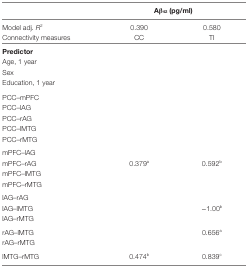
<table><thead><tr><td>[EMPTY_CELL]</td><td colspan="2"><b>Aβ<sub>42</sub> (pg/ml)</b></td></tr></thead><tbody><tr><td>Model adj. <i>R</i><sup>2</sup></td><td>0.390</td><td>0.580</td></tr><tr><td>Connectivity measures</td><td>CC</td><td>TI</td></tr><tr><td><b>Predictor</b></td><td>[EMPTY_CELL]</td><td>[EMPTY_CELL]</td></tr><tr><td>Age, 1 year</td><td>[EMPTY_CELL]</td><td>[EMPTY_CELL]</td></tr><tr><td>Sex</td><td>[EMPTY_CELL]</td><td>[EMPTY_CELL]</td></tr><tr><td>Education, 1 year</td><td>[EMPTY_CELL]</td><td>[EMPTY_CELL]</td></tr><tr><td>PCC–mPFC</td><td>[EMPTY_CELL]</td><td>[EMPTY_CELL]</td></tr><tr><td>PCC–lAG</td><td>[EMPTY_CELL]</td><td>[EMPTY_CELL]</td></tr><tr><td>PCC–rAG</td><td>[EMPTY_CELL]</td><td>[EMPTY_CELL]</td></tr><tr><td>PCC–lMTG</td><td>[EMPTY_CELL]</td><td>[EMPTY_CELL]</td></tr><tr><td>PCC–rMTG</td><td>[EMPTY_CELL]</td><td>[EMPTY_CELL]</td></tr><tr><td>mPFC–lAG</td><td>[EMPTY_CELL]</td><td>[EMPTY_CELL]</td></tr><tr><td>mPFC–rAG</td><td>0.379<sup>a</sup></td><td>0.592<sup>b</sup></td></tr><tr><td>mPFC–lMTG</td><td>[EMPTY_CELL]</td><td>[EMPTY_CELL]</td></tr><tr><td>mPFC–rMTG</td><td>[EMPTY_CELL]</td><td>[EMPTY_CELL]</td></tr><tr><td>lAG–rAG</td><td>[EMPTY_CELL]</td><td>[EMPTY_CELL]</td></tr><tr><td>lAG–lMTG</td><td>[EMPTY_CELL]</td><td>−1.00<sup>b</sup></td></tr><tr><td>lAG–rMTG</td><td>[EMPTY_CELL]</td><td>[EMPTY_CELL]</td></tr><tr><td>rAG–lMTG</td><td>[EMPTY_CELL]</td><td>0.656<sup>a</sup></td></tr><tr><td>rAG–rMTG</td><td>[EMPTY_CELL]</td><td>[EMPTY_CELL]</td></tr><tr><td>lMTG–rMTG</td><td>0.474<sup>b</sup></td><td>0.839<sup>c</sup></td></tr></tbody></table>